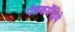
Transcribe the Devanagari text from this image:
पंचकर्मेंद्रिये